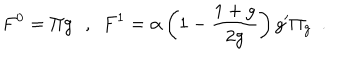
F ^ { 0 } = \Pi g \, \, \, \, , \, \, \, F ^ { 1 } = \alpha \left( 1 - \frac { 1 + g } { 2 g } \right) g ^ { \prime } \Pi _ { g } \, \, \, .